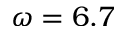
\omega = 6 . 7